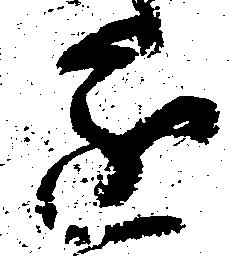
進